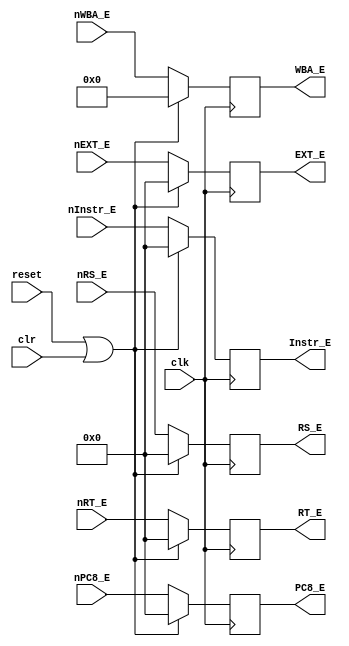
`timescale 1ns / 1ps
//////////////////////////////////////////////////////////////////////////////////
// Company: 
// Engineer: 
// 
// Design Name: 
// Module Name:    DE 
// Project Name: 
// Target Devices: 
// Tool versions: 
// Description: 
//
// Dependencies: 
//
// Revision: 
// Revision 0.01 - File Created
// Additional Comments: 
//
//////////////////////////////////////////////////////////////////////////////////
module de(
	input clk,
	input reset,
	input clr,
	input [31:0] nInstr_E,
	input [31:0] nRS_E,
	input [31:0] nRT_E,
	input [31:0] nEXT_E,
	input [31:0] nPC8_E,
	input [4:0] nWBA_E,
	output reg [31:0] Instr_E,
	output reg [31:0] RS_E,
	output reg [31:0] RT_E,
	output reg [31:0] EXT_E,
	output reg [31:0] PC8_E,
	output reg [4:0] WBA_E
    );
	
	initial begin
		Instr_E = 0;
		RS_E = 0;
		RT_E = 0;
		EXT_E = 0;
		PC8_E = 0;
		WBA_E = 0;
	end
	
	always @(posedge clk) begin
		if (reset || clr) begin
			Instr_E = 0;
			RS_E = 0;
			RT_E = 0;
			EXT_E = 0;
			PC8_E = 0;
			WBA_E = 0;
		end
		else begin
			Instr_E = nInstr_E;
			RS_E = nRS_E;
			RT_E = nRT_E;
			EXT_E = nEXT_E;
			PC8_E = nPC8_E;
			WBA_E = nWBA_E;
		end
	end

endmodule